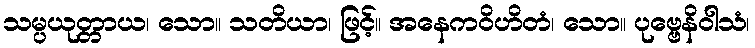
သမ္ပယုတ္တာယ၊ သော။ သတိယာ၊ ဖြင့်။ အနေကဝိဟိတံ၊ သော။ ပုဗ္ဗေနိဝါသံ၊